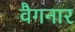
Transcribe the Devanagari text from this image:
वैगनार